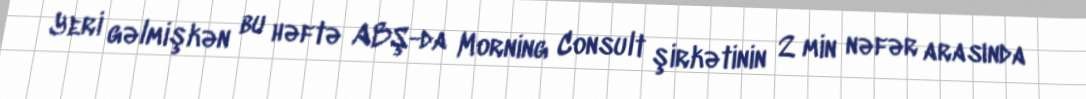
Yeri gəlmişkən bu həftə ABŞ-da Morning Consult şirkətinin 2 min nəfər arasında